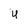
Character: u